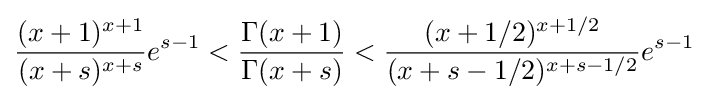
{\frac {(x+1)^{x+1}}{(x+s)^{x+s}}}e^{s-1}<{\frac {\Gamma (x+1)}{\Gamma (x+s)}}<{\frac {(x+1/2)^{x+1/2}}{(x+s-1/2)^{x+s-1/2}}}e^{s-1}